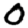
Digit: 0